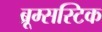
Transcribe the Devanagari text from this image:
ब्रूम्सस्टिक